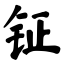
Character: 钲